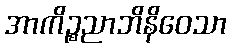
အာကိဉ္စညာဘိနိဝေသာ